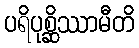
ပရိပုစ္ဆိဿာမီတိ